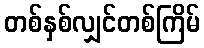
တစ်နှစ်လျှင်တစ်ကြိမ်